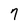
Character: 7